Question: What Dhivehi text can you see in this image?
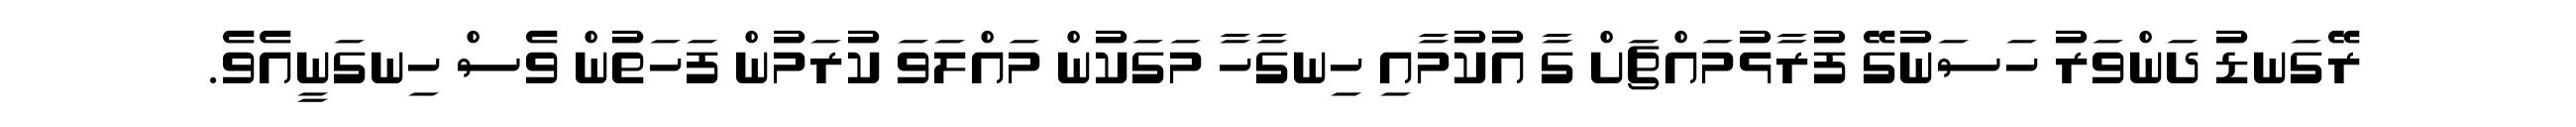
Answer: ރޭގަނޑު ދަންވަރު ހަސަނުގޭ ފުރާޅުމައްޗަށް ގާ އުކުމާއި ހިނގާހާ މަގަކުން މައްލަވަ ކުރަމުން ފަހަތުން ވެސް ހިނގަނީއެވެ.